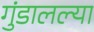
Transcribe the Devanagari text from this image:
गुंडालल्या